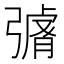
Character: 𭛄